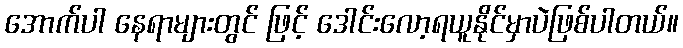
အောက်ပါ နေရာများတွင် ဖြင့် ဒေါင်းလော့ရယူနိုင်မှာပဲဖြစ်ပါတယ်။